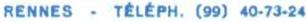
RENNES - TÉLÉPH. (99) 40-73-24